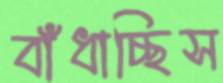
বাঁধাচ্ছিস